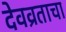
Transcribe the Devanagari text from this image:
देवव्रताचा